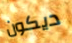
ديكون